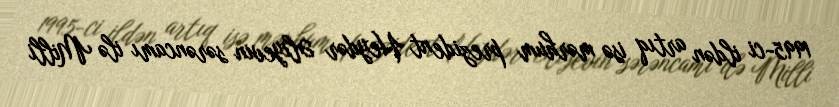
1995-ci ildən artıq isə mərhum prezident Heydər Əliyevin sərəncamı ilə Milli